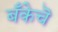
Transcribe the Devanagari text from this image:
बँकेचॆ